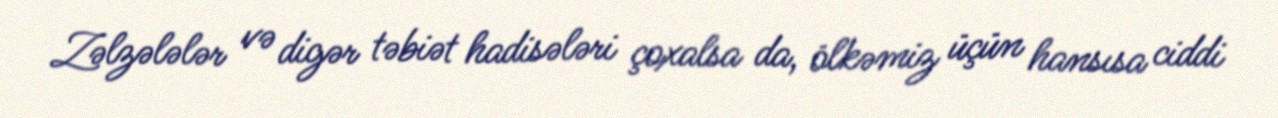
Zəlzələlər və digər təbiət hadisələri çoxalsa da, ölkəmiz üçün hansısa ciddi